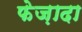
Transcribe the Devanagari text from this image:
फेज़ादा